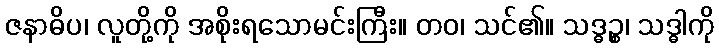
ဇနာဓိပ၊ လူတို့ကို အစိုးရသောမင်းကြီး။ တဝ၊ သင်၏။ သဒ္ဓဉ္စ၊ သဒ္ဓါကို